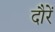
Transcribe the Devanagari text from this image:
दौरें